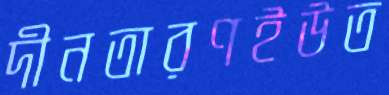
দীনতারণইউত